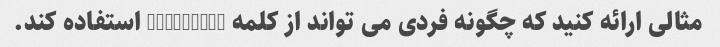
مثالی ارائه کنید که چگونه فردی می تواند از کلمه "reverie" استفاده کند.